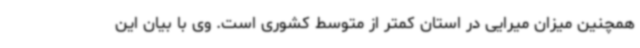
همچنین میزان میرایی در استان کمتر از متوسط کشوری است. وی با بیان این